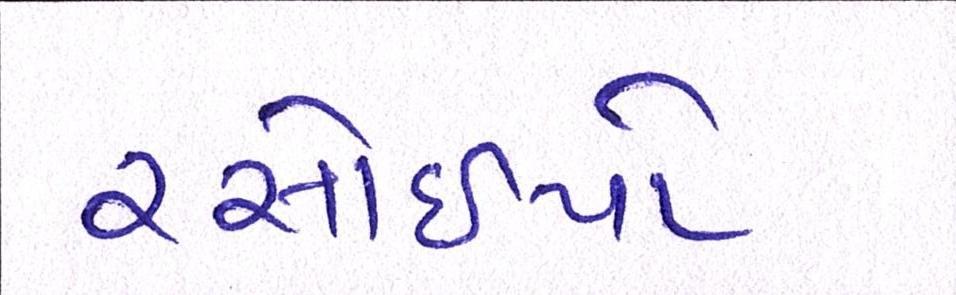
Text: રસોઈયો